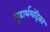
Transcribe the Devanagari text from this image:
गूढार्थमंद्रिका